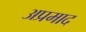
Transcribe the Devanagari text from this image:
अप्रमाद